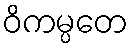
ဝိကမ္ပတေ